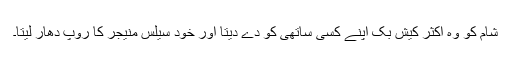
شام کو وہ اکثر کیش بک اپنے کسی ساتھی کو دے دیتا اور خود سیلس منیجر کا روپ دھار لیتا۔